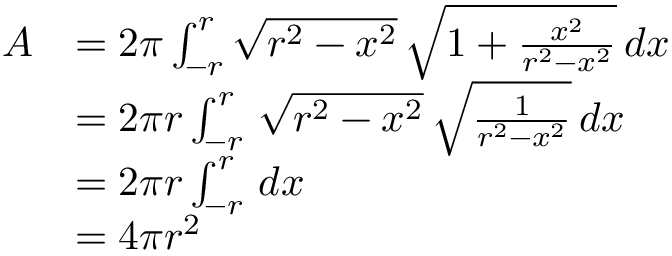
{ \begin{array} { r l } { A } & { = 2 \pi \int _ { - r } ^ { r } { \sqrt { r ^ { 2 } - x ^ { 2 } } } \, { \sqrt { 1 + { \frac { x ^ { 2 } } { r ^ { 2 } - x ^ { 2 } } } } } \, d x } \\ & { = 2 \pi r \int _ { - r } ^ { r } \, { \sqrt { r ^ { 2 } - x ^ { 2 } } } \, { \sqrt { \frac { 1 } { r ^ { 2 } - x ^ { 2 } } } } \, d x } \\ & { = 2 \pi r \int _ { - r } ^ { r } \, d x } \\ & { = 4 \pi r ^ { 2 } \, } \end{array} }